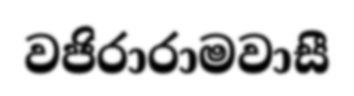
වජිරාරාමවාසී